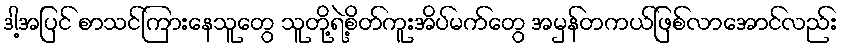
ဒါ့အပြင် စာသင်ကြားနေသူတွေ သူတို့ရဲ့စိတ်ကူးအိပ်မက်တွေ အမှန်တကယ်ဖြစ်လာအောင်လည်း